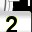
Digit: 2